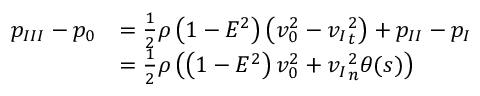
\begin{array} { r l } { { p _ { I I I } } - { p _ { 0 } } } & { = \frac { 1 } { 2 } \rho \left( 1 - E ^ { 2 } \right) \left( v _ { 0 } ^ { 2 } - { v _ { I } } _ { t } ^ { 2 } \right) + p _ { I I } - p _ { I } } \\ & { = \frac { 1 } { 2 } \rho \left( \left( 1 - E ^ { 2 } \right) v _ { 0 } ^ { 2 } + { v _ { I } } _ { n } ^ { 2 } \theta ( s ) \right) } \end{array}